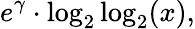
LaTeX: e^{\gamma}\cdot\log_{2}\log_{2}(x),